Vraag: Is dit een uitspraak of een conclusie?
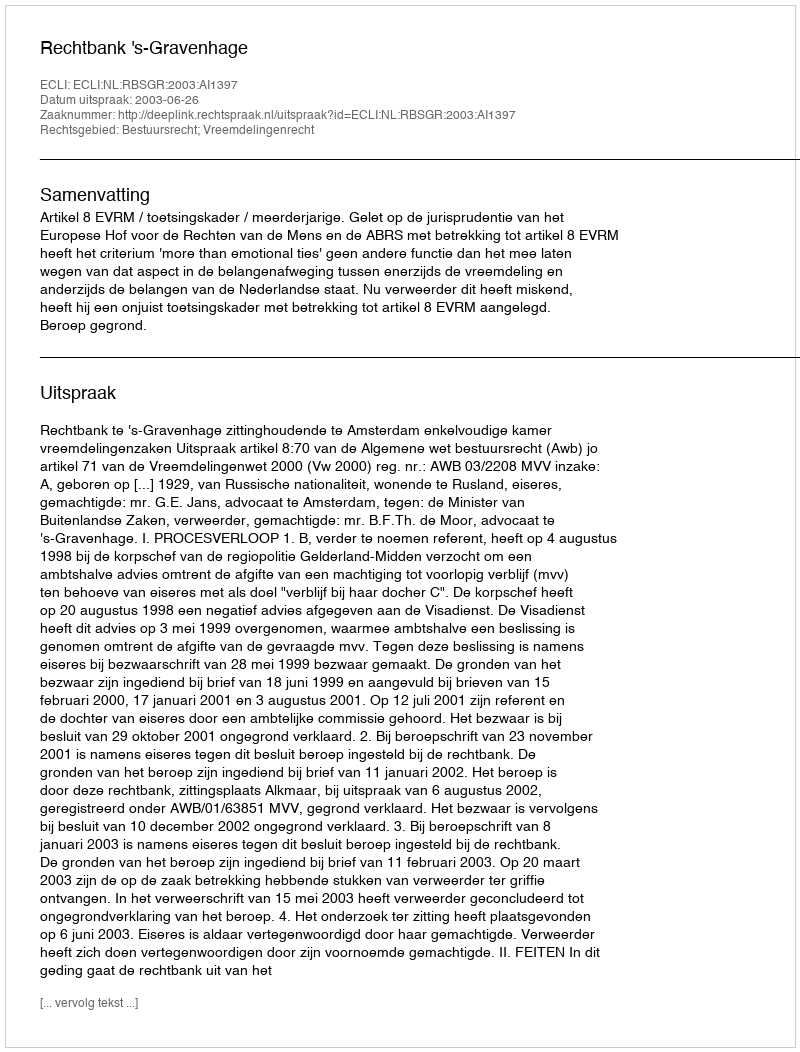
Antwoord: Uitspraak